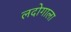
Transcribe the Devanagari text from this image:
लदोगाला